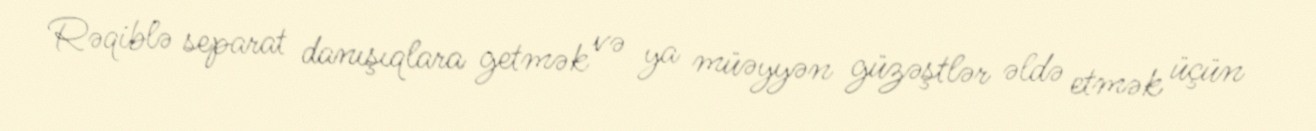
Rəqiblə separat danışıqlara getmək və ya müəyyən güzəştlər əldə etmək üçün